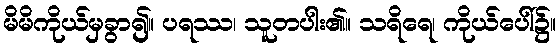
မိမိကိုယ်မှခွာ၍။ ပရဿ၊ သူတပါး၏။ သရိရေ၊ ကိုယ်ပေါ်၌။